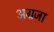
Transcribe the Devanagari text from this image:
अग्रजा